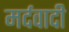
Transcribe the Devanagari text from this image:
मर्दवादी